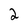
Character: 2